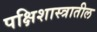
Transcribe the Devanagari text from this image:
पक्षिशास्त्रातील